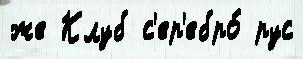
же Клуб с'ер'ебро́ рус